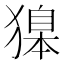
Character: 𬍂